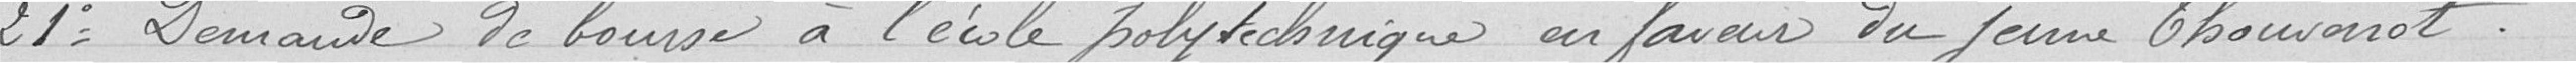
21° Demande de bourse à l'école polytechnique en faveur du jeune Thouvenot